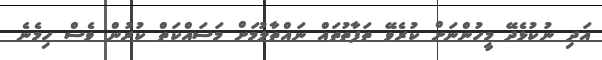
އަދި ނުކުޅެދޭ މީހުންނަށް ކުރެވޭ ތަފާތުތައް ނައްތާލުމަށް މަސައްކަތް ކުރުން ވެސް ހިމެނެ